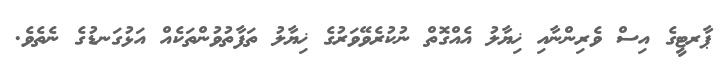
ޕާރޓީގެ އިސް ވެރިންނާއި ޚިޔާލު އެއްގޮތް ނުކުރެވޭވަރުގެ ޚިޔާލު ތަފާތުވުންތަކެއް އަޅުގަނޑުގެ ނެތެވެ.